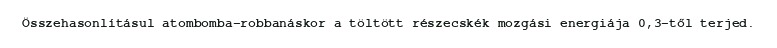
Összehasonlításul atombomba-robbanáskor a töltött részecskék mozgási energiája 0,3-től terjed.